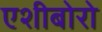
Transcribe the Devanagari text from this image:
एशीबोरो